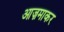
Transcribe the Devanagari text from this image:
आज़माकर